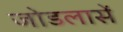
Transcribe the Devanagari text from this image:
जोडलासें